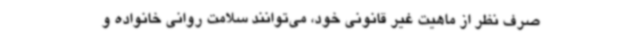
صرف‌ نظر از ماهیت غیر قانونی خود، می‌توانند سلامت روانی خانواده و